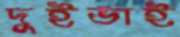
দুইভাই